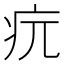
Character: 𤴰